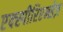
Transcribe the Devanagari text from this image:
एक्स्पीरिएन्सेज़